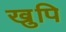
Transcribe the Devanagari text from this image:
खुपि